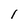
Character: 1